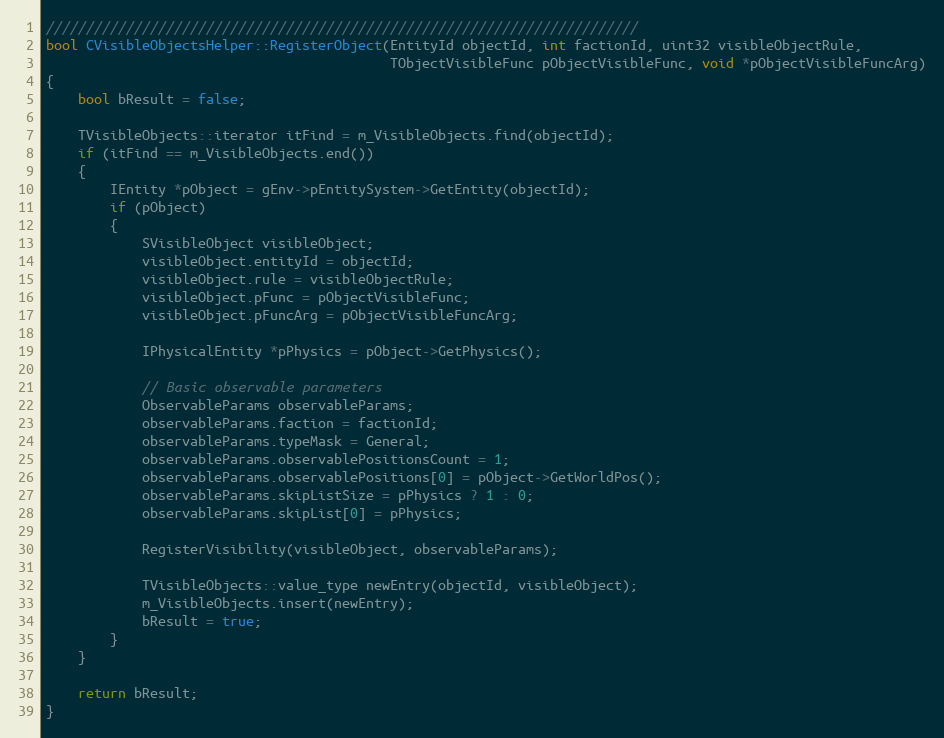
Language: C++
//////////////////////////////////////////////////////////////////////////
bool CVisibleObjectsHelper::RegisterObject(EntityId objectId, int factionId, uint32 visibleObjectRule,
										   TObjectVisibleFunc pObjectVisibleFunc, void *pObjectVisibleFuncArg)
{
	bool bResult = false;

	TVisibleObjects::iterator itFind = m_VisibleObjects.find(objectId);
	if (itFind == m_VisibleObjects.end())
	{
		IEntity *pObject = gEnv->pEntitySystem->GetEntity(objectId);
		if (pObject)
		{
			SVisibleObject visibleObject;
			visibleObject.entityId = objectId;
			visibleObject.rule = visibleObjectRule;
			visibleObject.pFunc = pObjectVisibleFunc;
			visibleObject.pFuncArg = pObjectVisibleFuncArg;

			IPhysicalEntity *pPhysics = pObject->GetPhysics();

			// Basic observable parameters
			ObservableParams observableParams;
			observableParams.faction = factionId;
			observableParams.typeMask = General;
			observableParams.observablePositionsCount = 1;
			observableParams.observablePositions[0] = pObject->GetWorldPos();
			observableParams.skipListSize = pPhysics ? 1 : 0;
			observableParams.skipList[0] = pPhysics;

			RegisterVisibility(visibleObject, observableParams);

			TVisibleObjects::value_type newEntry(objectId, visibleObject);
			m_VisibleObjects.insert(newEntry);
			bResult = true;
		}
	}

	return bResult;
}